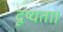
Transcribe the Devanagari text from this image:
दृष्यता।